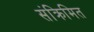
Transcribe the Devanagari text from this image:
संक्रिमित